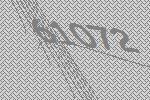
61072